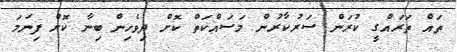
ތައް ތަރައްގީ ކުރަން ސަރުކާރުން މަސައްްކަތް ކޮށް ދިވެހިން ބިނާ ކޮށް ފިނަމަ